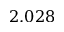
2 . 0 2 8